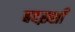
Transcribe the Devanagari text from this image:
बदख़्शाँ